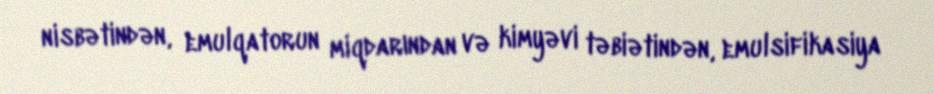
nisbətindən, emulqatorun miqdarından və kimyəvi təbiətindən, emulsifikasiya